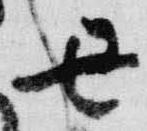
丑